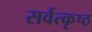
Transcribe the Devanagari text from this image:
सर्वत्कृष्ठ